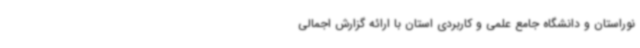
نوراستان و دانشگاه جامع علمی و کاربردی استان با ارائه گزارش اجمالی